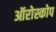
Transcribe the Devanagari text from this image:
ऑरोस्कोप